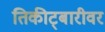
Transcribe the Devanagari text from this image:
तिकीट्बारीवर